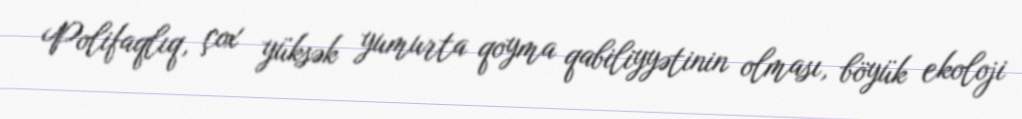
Polifaqlıq, çox yüksək yumurta qoyma qabiliyyətinin olması, böyük ekoloji